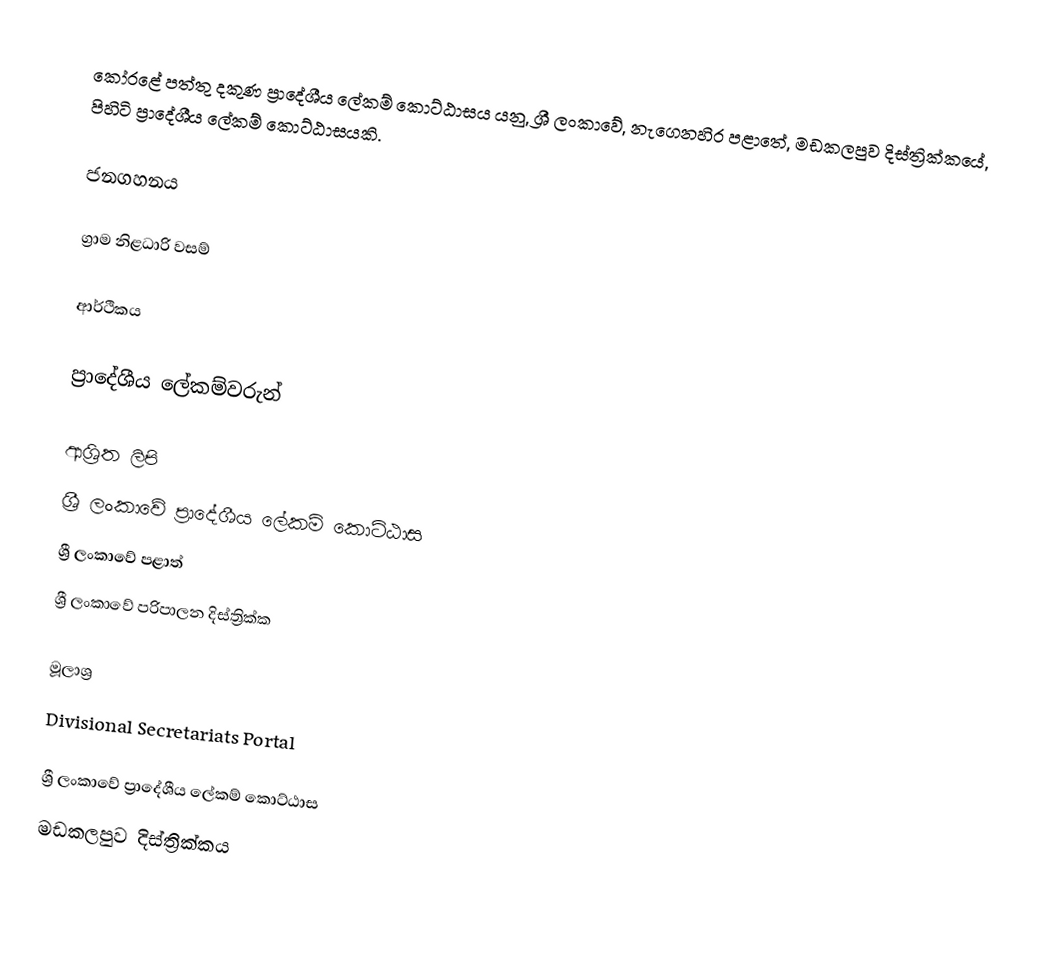
කෝරළේ පත්තු දකුණ ප්‍රාදේශීය ලේකම් කොට්ඨාසය යනු,  ශ්‍රී ලංකාවේ, නැගෙනහිර පළාතේ,   මඩකලපුව දිස්ත්‍රික්කයේ, පිහිටි ප්‍රාදේශීය ලේකම් කොට්ඨාසයකි.

ජනගහනය

ග්‍රාම නිළධාරි වසම්

ආර්ථිකය

ප්‍රාදේශීය ලේකම්වරුන්

ආශ්‍රිත ලිපි
ශ්‍රී ලංකාවේ ප්‍රාදේශීය ලේකම් කොට්ඨාස
ශ්‍රී ලංකාවේ පළාත්
ශ්‍රී ලංකාවේ පරිපාලන දිස්ත්‍රික්ක

මූලාශ්‍ර
 Divisional Secretariats Portal

ශ්‍රී ලංකාවේ ප්‍රාදේශීය ලේකම් කොට්ඨාස
මඩකලපුව දිස්ත්‍රික්කය